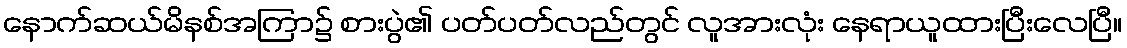
နောက်ဆယ်မိနစ်အကြာ၌ စားပွဲ၏ ပတ်ပတ်လည်တွင် လူအားလုံး နေရာယူထားပြီးလေပြီ။